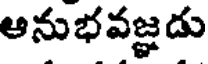
ఆనుభవజ్ఞడు